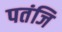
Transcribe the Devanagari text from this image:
पतंजि